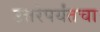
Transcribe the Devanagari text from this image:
उत्तरेपर्यंतचा